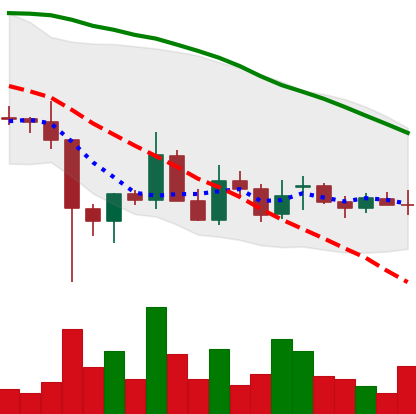
Ticker: EOS-USD
Chart end date: 2021-12-20
Forward return: 6.987%
Label: up_5_7